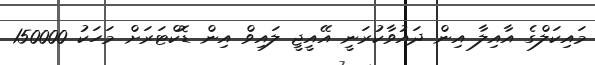
މައިކަލްގެ އާއިލާ އިން ދައުވާކުރަނީ އޭއީޖީ ލައިވް އިން ޑޮކްޓަރަށް މަހަކު 150000